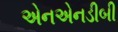
એનએનડીબી